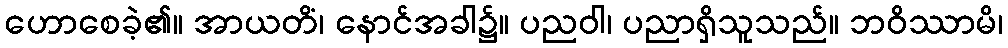
ဟောစေခဲ့၏။ အာယတိံ၊ နောင်အခါ၌။ ပညဝါ၊ ပညာရှိသူသည်။ ဘဝိဿာမိ၊